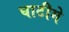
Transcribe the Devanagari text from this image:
घाटीमे